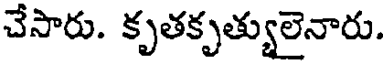
చేసారు. కృతకృత్యులైనారు.